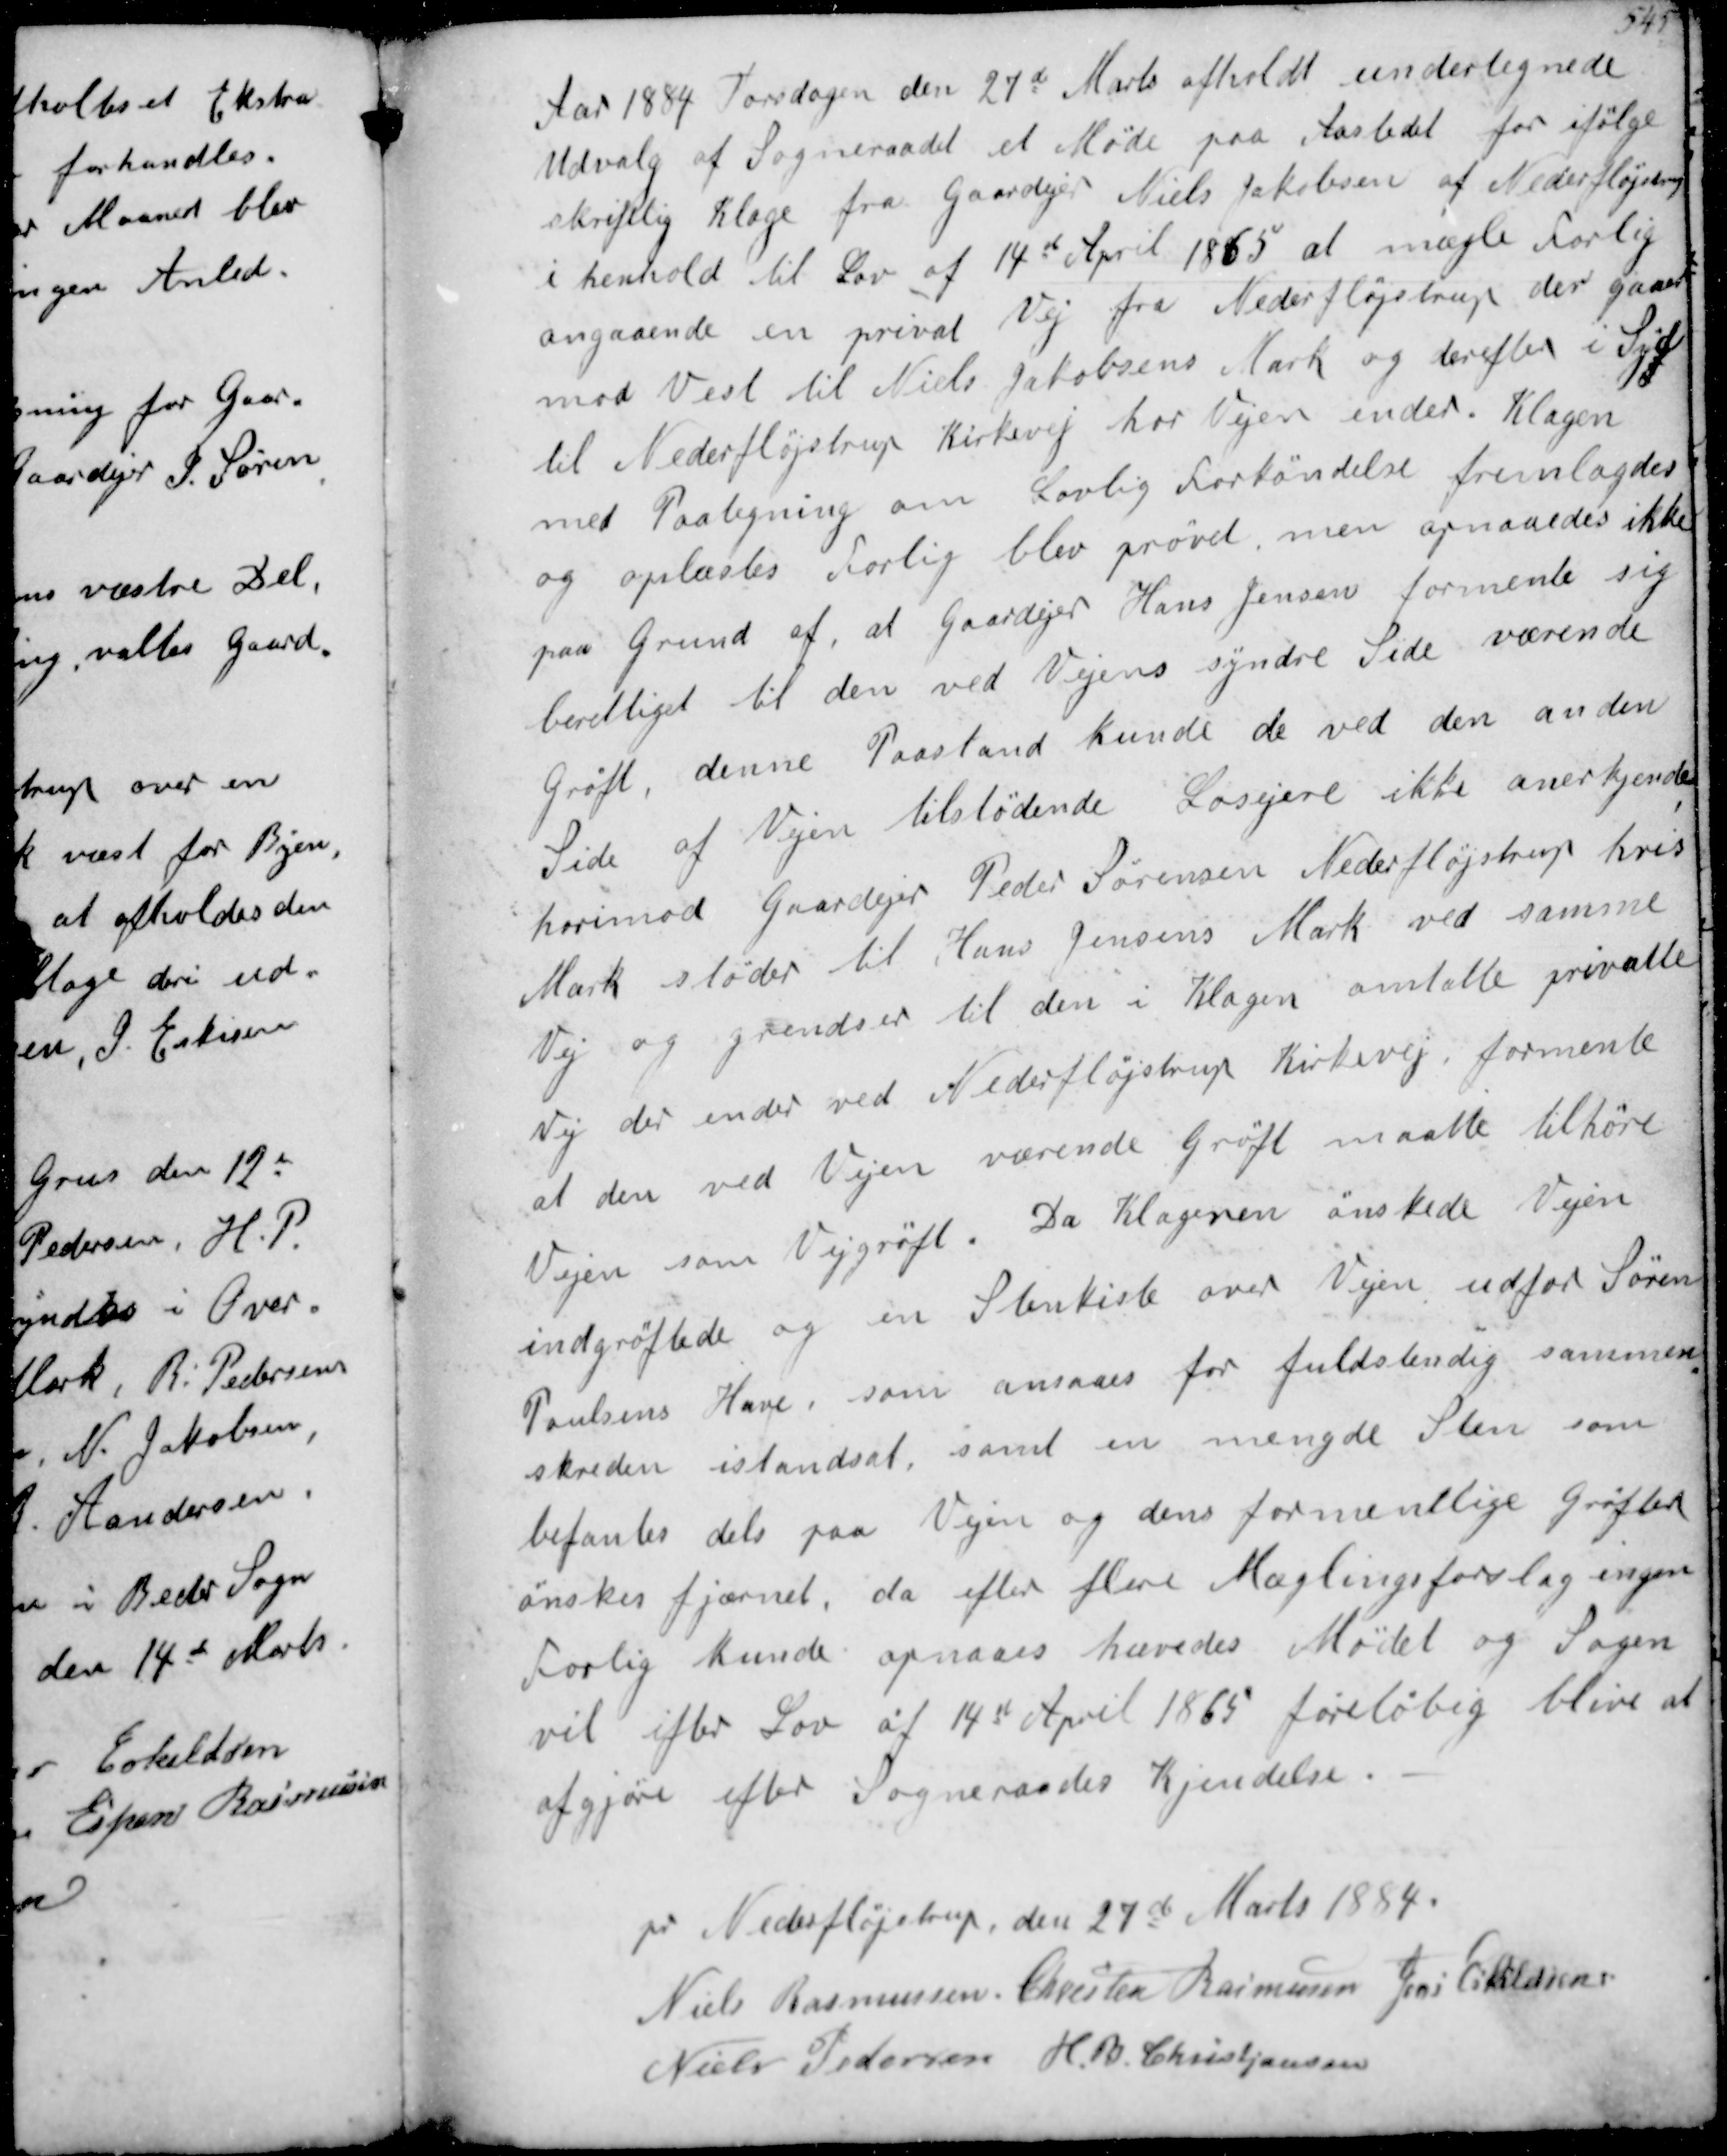
Transskription:
Aar 1884 Torsdagen den 27de Marts afholdt undertegnede
Udvalg af Sogneraadet et Møde paa Aastedet for ifølge
skriftlig Klage fra Gaardejer Niels Jakobsen af Nederfløjstrup
i henhold til Lov af 14de April 1885 at mægle Forlig
angaaende en privat Vej fra Nederfløjstrup der gaaer
mod Vest til Niels Jakobsens Mark og deretter i Syd
til Nederfløjstrup Kirkevej hor Vejen ender. Klagen
med Paategning om Lovlig Forkøndelse fremlagdes
og oplæstes forlig blev prøvet men opnaaedes ikke
paa Grund af at Gaardejer Hans Jensen Formente sig
berettiget til den ved Vejens syndre Side værende
Grøft, denne Paastand kunde de ved den anden
side af Vejen tilstødende Losejere ikke anerkjende
horimod Gaardejer Peder Sørensen Nederfløjstrup hvis
Mark støder til Hans Jensens Mark ved samme
Vej og grendser til den i Klagen omtalte privatte
Vej der ender ved Nederfløjstrup Kirkevej, formente
at den ved Vejen værende Grøft maatte tilhøre
Vejen som Vejgrøft. Da klageren ønskede Vejen
indgrøftede og en Stenkiste over Vejen udfor Søren
Poulsens Have, som ansaaes for fuldstendig sammen-
skriden istandsat samt en mengde Sten som
befantes dels paa Vejen og dens formentlige Grøfter
ønskes fjærnet, da efter flere Mæglingsforslag ingen
Forlig kunde opnaaes hævedes Mødet og Sagen
vil efter Lov af 14d April 1865 foreløbig blive at
afgjøre efter Sogneråades kjendelse

pr Nederfløjstrup den 27de Marts 1884.
Niels Rasmussen
Chresten Rasmussen
Jens Eskildsen
Niels Pedersen
H. B. Christjansen